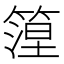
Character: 篞